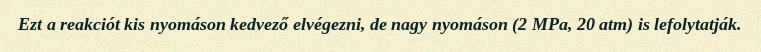
Ezt a reakciót kis nyomáson kedvező elvégezni, de nagy nyomáson (2 MPa, 20 atm) is lefolytatják.